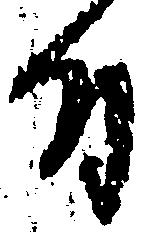
付